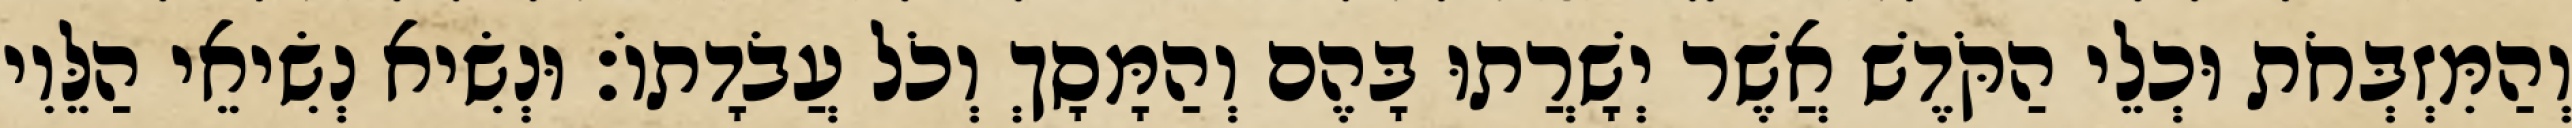
וְהַמִּזְבְּחֹת וּכְלֵי הַקֹּדֶשׁ אֲשֶׁר יְשָׁרֲתוּ בָּהֶם וְהַמָּסָךְ וְכֹל עֲבֹדָתוֹ׃ וּנְשִׂיא נְשִׂיאֵי הַלֵּוִי